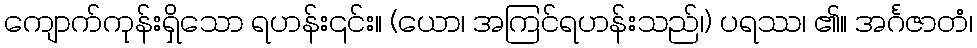
ကျောက်ကုန်းရှိသော ရဟန်း၎င်း။ (ယော၊ အကြင်ရဟန်းသည်၊) ပရဿ၊ ၏။ အင်္ဂဇာတံ၊